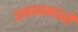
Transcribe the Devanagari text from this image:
उत्पादकांशी